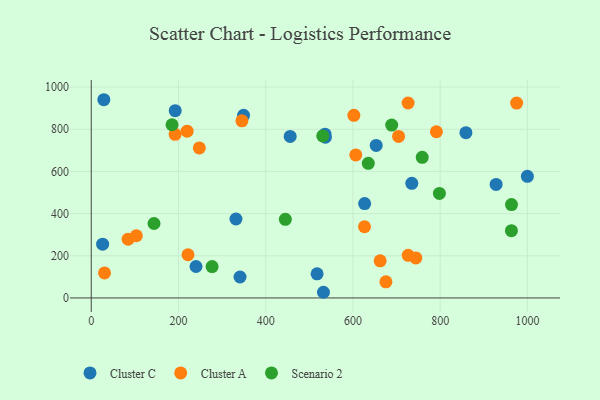
{"axis": {"x": "Investment", "y": "Demand"}, "legend": ["Cluster A", "Cluster C", "Scenario 2"], "data": [{"x": "341.1", "y": 99.3, "type": "Cluster C"}, {"x": "653.3", "y": 723.6, "type": "Cluster C"}, {"x": "28.9", "y": 940.2, "type": "Cluster C"}, {"x": "349.2", "y": 866.4, "type": "Cluster C"}, {"x": "331.8", "y": 374.4, "type": "Cluster C"}, {"x": "928.2", "y": 538.5, "type": "Cluster C"}, {"x": "240.2", "y": 149.2, "type": "Cluster C"}, {"x": "517.8", "y": 114.4, "type": "Cluster C"}, {"x": "536.8", "y": 762.2, "type": "Cluster C"}, {"x": "626.8", "y": 447.7, "type": "Cluster C"}, {"x": "734.9", "y": 543.8, "type": "Cluster C"}, {"x": "999.9", "y": 577.0, "type": "Cluster C"}, {"x": "859.0", "y": 784.0, "type": "Cluster C"}, {"x": "456.1", "y": 766.2, "type": "Cluster C"}, {"x": "535.9", "y": 776.9, "type": "Cluster C"}, {"x": "26.1", "y": 254.9, "type": "Cluster C"}, {"x": "532.4", "y": 26.9, "type": "Cluster C"}, {"x": "192.5", "y": 888.3, "type": "Cluster C"}, {"x": "247.8", "y": 711.4, "type": "Cluster A"}, {"x": "84.6", "y": 278.9, "type": "Cluster A"}, {"x": "675.6", "y": 76.7, "type": "Cluster A"}, {"x": "704.6", "y": 765.9, "type": "Cluster A"}, {"x": "726.7", "y": 202.2, "type": "Cluster A"}, {"x": "602.1", "y": 866.2, "type": "Cluster A"}, {"x": "103.4", "y": 295.0, "type": "Cluster A"}, {"x": "744.2", "y": 190.0, "type": "Cluster A"}, {"x": "30.5", "y": 118.9, "type": "Cluster A"}, {"x": "791.3", "y": 788.4, "type": "Cluster A"}, {"x": "219.8", "y": 791.2, "type": "Cluster A"}, {"x": "345.4", "y": 840.2, "type": "Cluster A"}, {"x": "221.8", "y": 204.9, "type": "Cluster A"}, {"x": "975.3", "y": 924.3, "type": "Cluster A"}, {"x": "626.5", "y": 337.8, "type": "Cluster A"}, {"x": "662.4", "y": 176.3, "type": "Cluster A"}, {"x": "192.3", "y": 776.3, "type": "Cluster A"}, {"x": "606.5", "y": 678.6, "type": "Cluster A"}, {"x": "726.4", "y": 924.6, "type": "Cluster A"}, {"x": "185.2", "y": 821.5, "type": "Scenario 2"}, {"x": "445.0", "y": 373.1, "type": "Scenario 2"}, {"x": "688.8", "y": 820.0, "type": "Scenario 2"}, {"x": "277.1", "y": 148.6, "type": "Scenario 2"}, {"x": "963.5", "y": 442.9, "type": "Scenario 2"}, {"x": "798.2", "y": 495.8, "type": "Scenario 2"}, {"x": "143.9", "y": 353.2, "type": "Scenario 2"}, {"x": "758.8", "y": 667.0, "type": "Scenario 2"}, {"x": "635.2", "y": 638.3, "type": "Scenario 2"}, {"x": "963.3", "y": 319.0, "type": "Scenario 2"}, {"x": "530.7", "y": 768.6, "type": "Scenario 2"}]}